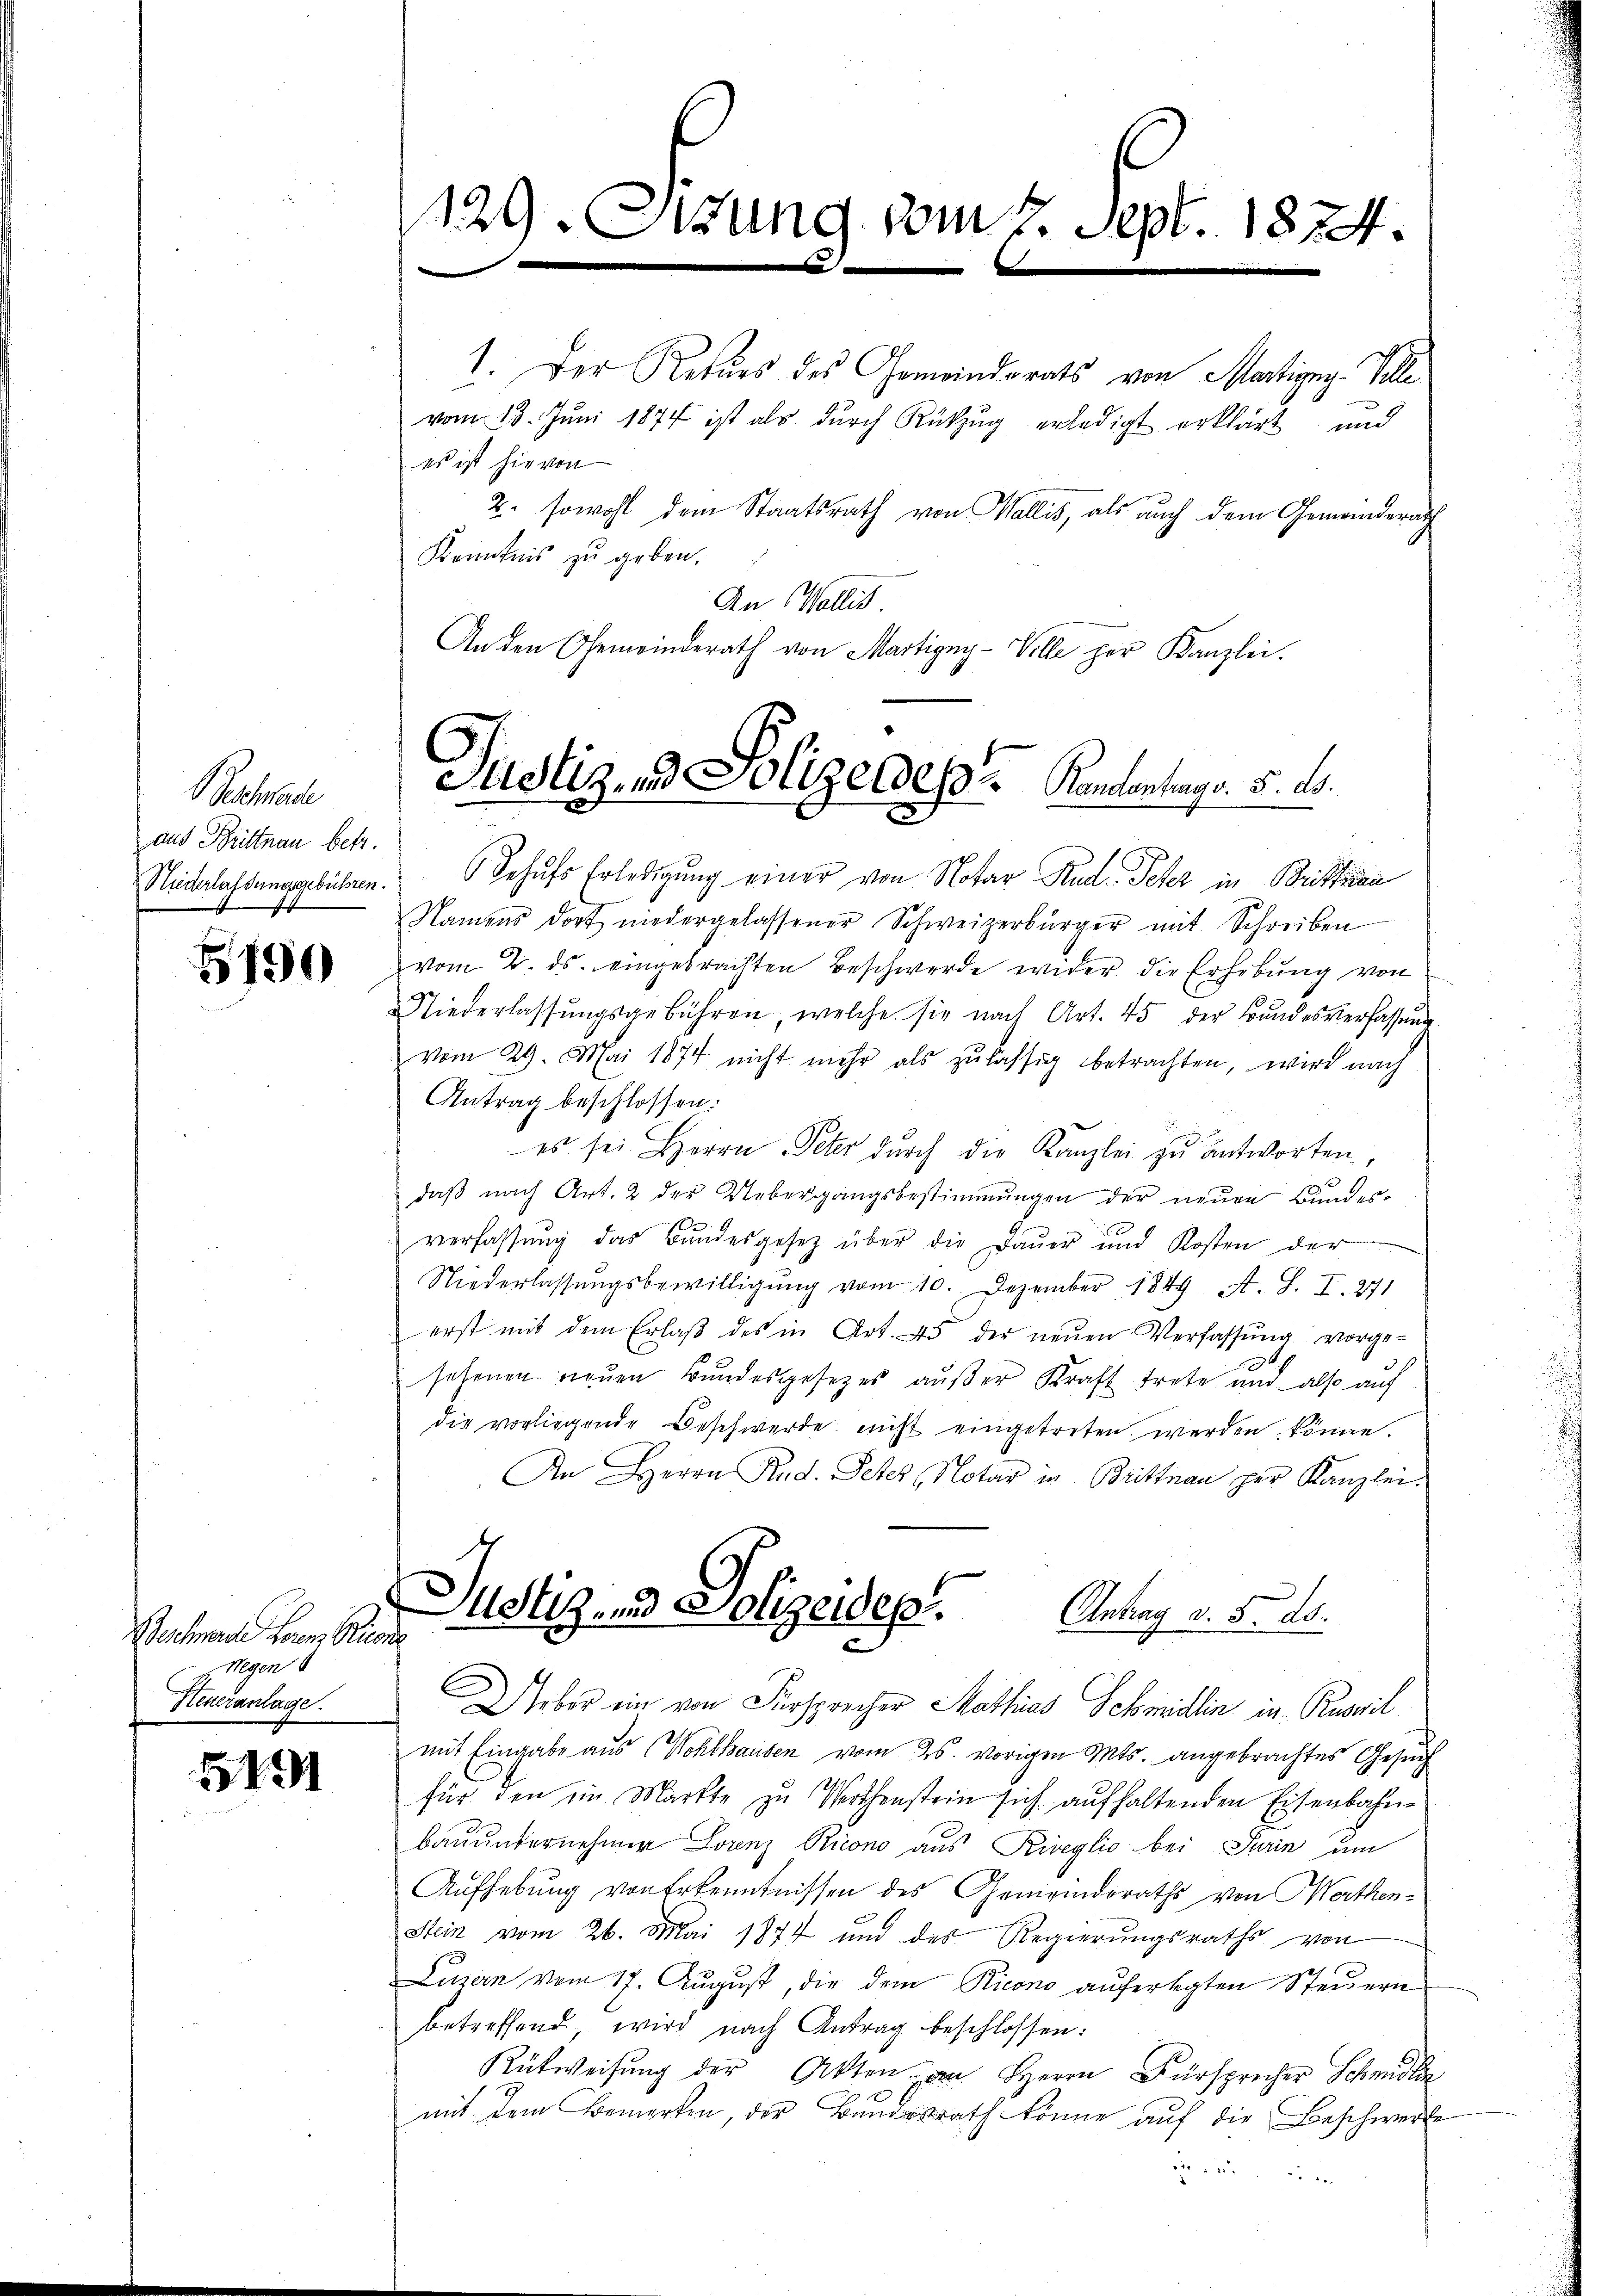
Geschade
aus Büttnau betr.
Niederlassungsgebühren.

5190

Beschnende Loren Ric
Wegen
Heueranlage.

54

129. Sitzung vom 2. Sept. 1824.

1. Der Rekurs des Gemeindrats von Martigny-Ville
vom 18. Juni 1874 ist als durch Rückzug erledigt erklärt und
es ist hievon
2. sowohl dem Staatsrath von Wallis, als auch dem Gemeinderath
Kenntnis zu geben.
An Wallis.
An den Gemeinderath von Martigny-Ville zur Kanzlei.

Justiz- und Polizeidep. Kantontags. 5. d.

Behufs Erledigung einer von Notar Rud. Peter in Brittima
Namens dort niedergelassener Schweizerbürger mit Schreiben
vom 2. ds. eingebrachten Beschwerde wider, die Erhebung von
Niederlassŭngsgebühren, welche sie nach Art. 45 der Bundesverfassung
vom 29. Mai 1874 nicht mehr als zulässig betrachten, wird nach
Antrag beschlossen:
es sei Herrn Peter durch die Kanzlei zu antworten.
daβ nach Art. 2 der Uebergangsbestimmungen der neuen Bundes-
verfassŭng das Bundesgesetz über die Daŭer und Kosten der
Niederlassŭngsbewilligŭng vom 10. Dezember 1849 A. S. I. 271
erst mit dem Erlaβ des in Art. 45 der neŭen Verfassŭng vorge-
6
sehenen neuen Bundesgesetzes außer Kraft trete und also auf
die vorliegende Beschwerde nicht eingetreten werden könne.
An Herrn Rud. Peter Notar in Brittnau zur Kanzlei-
Justiz- und Polizeidep. Antrag v. 5. d.
¬
eber ein von Fürsprecher Mathias Schmidlin in Ruswil
mit Eingabe aus Wohlhausen vom 25. vorigen Mts. angebrachtes Gesuch
für den im Markte zu Werthenstein sich aufhaltenden Eisenbahnbauunternehmer Lorenz Ricono aus Riveglio bei Turin um
Aufhebung von Erkenntnissen des Gemeindsraths von Merthen-
Stein vom 26. Mai 1874 und des Regierungsraths von
Luzern vom 17. Aŭgŭst, die dem Ricono auferlegten Steŭern
betreffend wird nach Antrag beschlossen:
Rütweisung der Akten an Herrn Fürsprecher Schmidler
mit dem Bemerken, der Bundesrath könne auf die Beschwerte
2 f 24 x